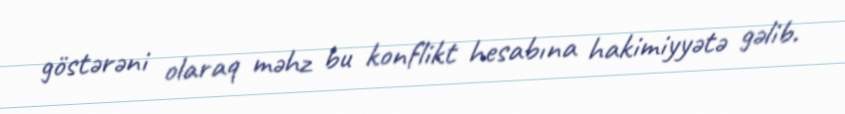
göstərəni olaraq məhz bu konflikt hesabına hakimiyyətə gəlib.